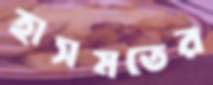
হাসমতের